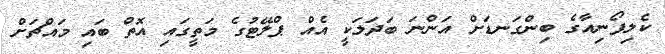
ކެލިފޯނިއާގެ ބިންގަނޑަށް އަންނަ ބަދަލަކީ އެއް ޕްލޭޓުގެ މަތީގައި އޮތް ބައި މައްޗަށް